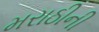
મરાઠીની